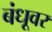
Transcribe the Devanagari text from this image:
बंधूवर